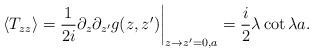
\begin{align*}\langle T_{zz}\rangle={1\over2i}\partial_z\partial_{z'}g(z,z')\bigg|_{z\to z'=0,a}={i\over2}\lambda\cot\lambda a.\end{align*}